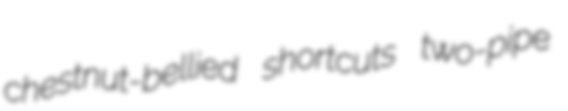
chestnut-bellied shortcuts two-pipe